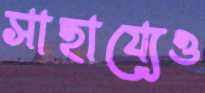
সাহায্যেও